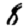
Digit: 8